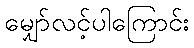
မျှော်လင့်ပါကြောင်း